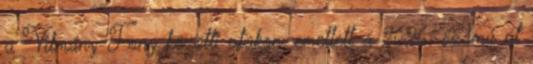
a Vilmány-Fony közötti utakon, emellett a 2626. számú út